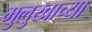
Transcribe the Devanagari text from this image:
मुलुखाच्या